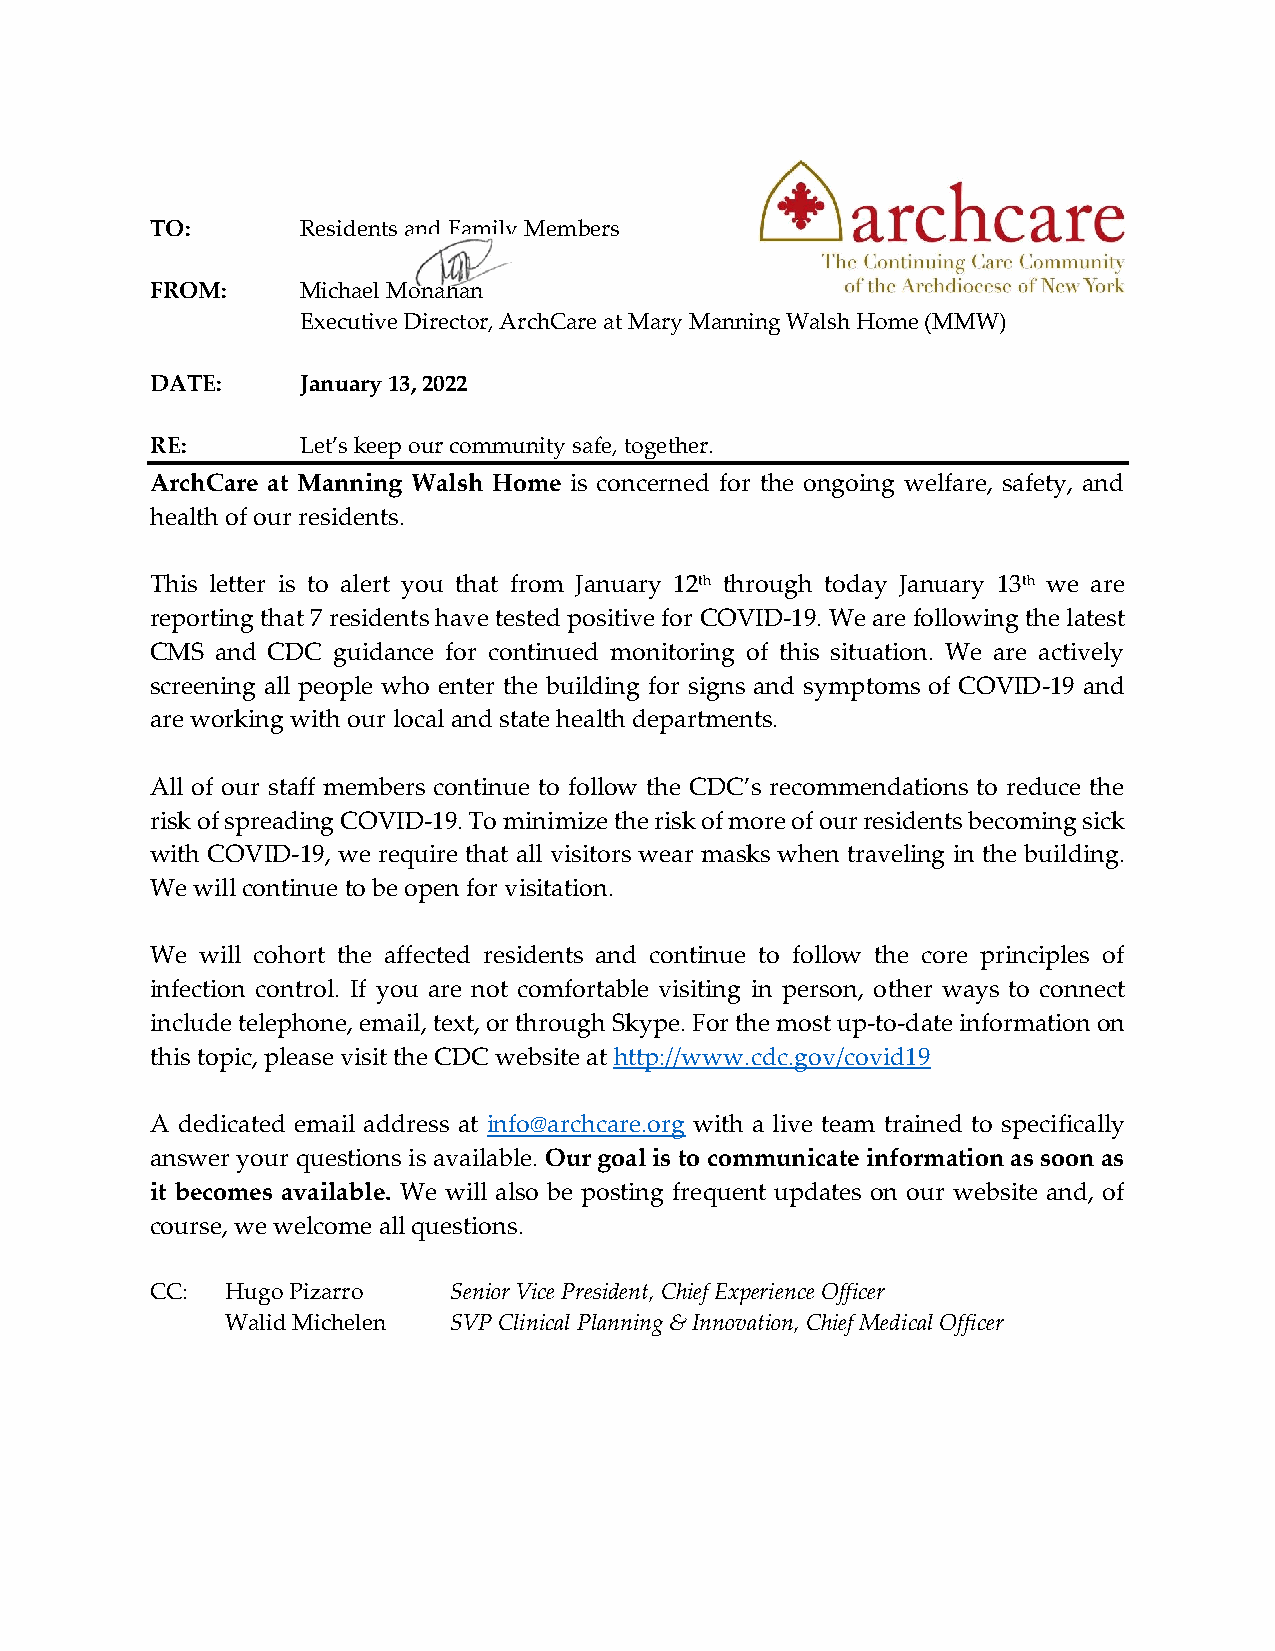
TO:       Residents and Family Members
 FROM:     Michael Monahan
 Executive Director, ArchCare at Mary Manning Walsh Home (MMW)
 DATE:     January 13, 2022
 RE:       Let’s keep our community safe, together.
 ArchCare at Manning Walsh Home is concerned for the ongoing welfare, safety, and
 health of our residents.
 This letter is to alert you that from January 12th through today January 13th we are
 reporting that 7 residents have tested positive for COVID-19. We are following the latest
 CMS and CDC guidance for continued monitoring of this situation. We are actively
 screening all people who enter the building for signs and symptoms of COVID-19 and
 are working with our local and state health departments.
 All of our staff members continue to follow the CDC’s recommendations to reduce the
 risk of spreading COVID-19. To minimize the risk of more of our residents becoming sick
 with COVID-19, we require that all visitors wear masks when traveling in the building.
 We will continue to be open for visitation.
 We will cohort the affected residents and continue to follow the core principles of
 infection control. If you are not comfortable visiting in person, other ways to connect
 include telephone, email, text, or through Skype. For the most up-to-date information on
 this topic, please visit the CDC website at http://www.cdc.gov/covid19
 A dedicated email address at info@archcare.org with a live team trained to specifically
 answer your questions is available. Our goal is to communicate information as soon as
 it becomes available. We will also be posting frequent updates on our website and, of
 course, we welcome all questions.
 CC:  Hugo Pizarro   Senior Vice President, Chief Experience Officer
 Walid Michelen SVP Clinical Planning & Innovation, Chief Medical Officer